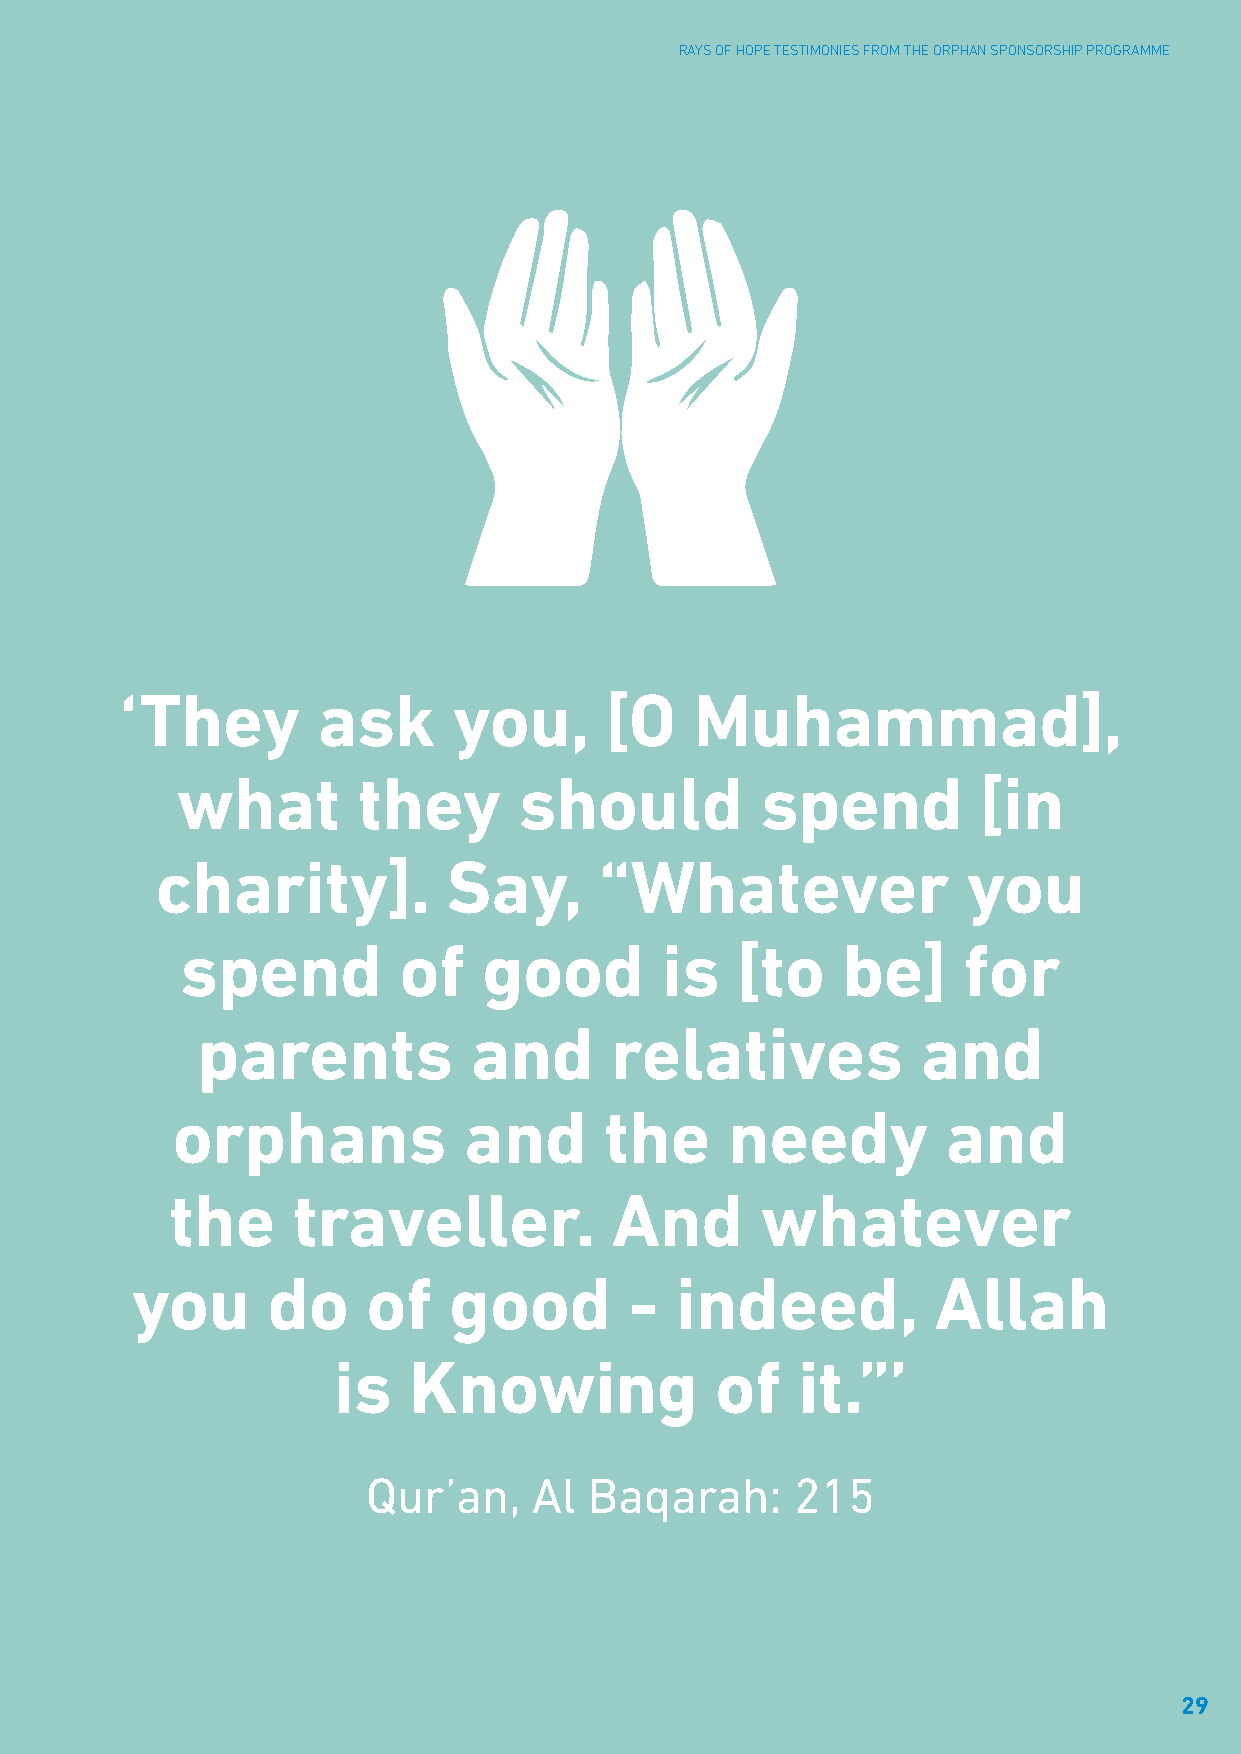
RAYS OF HOPE TESTIMONIES FROM THE ORPHAN SPONSORSHIP PROGRAMME
 ‘They        ask      you,      [O    Muhammad],
 what        they      should          spend          [in
 charity].           Say,      “Whatever               you
 spend         of    good        is   [to    be]     for
 parents           and      relatives            and
 orphans             and      the     needy          and
 the     traveller.           And       whatever
 you      do    of    good        -  indeed,          Allah
 is   Knowing             of    it.”’
 Qur’an,    Al  Baqarah:      215
 29